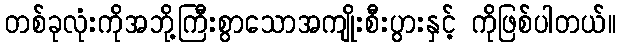
တစ်ခုလုံးကိုအဘို့ကြီးစွာသောအကျိုးစီးပွားနှင့် ကိုဖြစ်ပါတယ်။